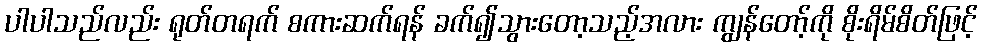
ပါပါသည်လည်း ရုတ်တရက် စကားဆက်ရန် ခက်၍သွားတော့သည့်အလား ကျွန်တော့်ကို စိုးရိမ်စိတ်ဖြင့်